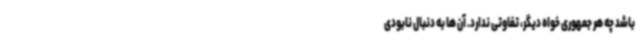
باشد چه هر جمهوری خواه دیگر، تفاوتی ندارد. آن ها به دنبال نابودی